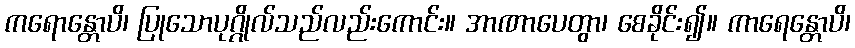
ကရောန္တောပိ၊ ပြုသောပုဂ္ဂိုလ်သည်လည်းကောင်း။ အာဏာပေတွာ၊ စေခိုင်း၍။ ကာရေန္တောပိ၊